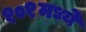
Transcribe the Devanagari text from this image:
१०१मध्ये